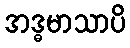
အဒ္ဓမာသာပိ